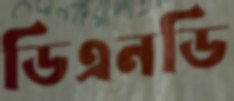
ডিএনডি